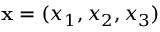
{ \bf x } = ( x _ { 1 } , x _ { 2 } , x _ { 3 } )